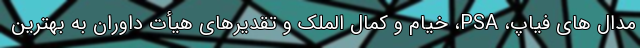
مدال های فیاپ، PSA، خیام و کمال الملک و تقدیرهای هیأت داوران به بهترین